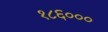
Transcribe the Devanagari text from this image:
१८६०००